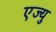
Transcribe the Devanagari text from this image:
एज्‍यु